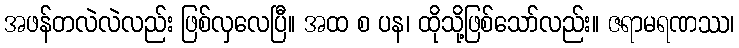
အဖန်တလဲလဲလည်း ဖြစ်လှလေပြီ။ အထ စ ပန၊ ထိုသို့ဖြစ်သော်လည်း။ ဇရာမရဏဿ၊